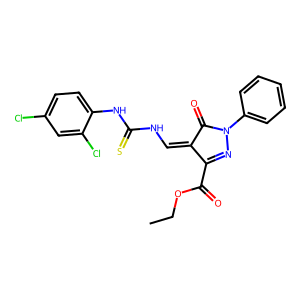
SMILES: CCOC(=O)C1=NN(c2ccccc2)C(=O)C1=CNC(=S)Nc1ccc(Cl)cc1Cl
Inhibits HIV replication: No